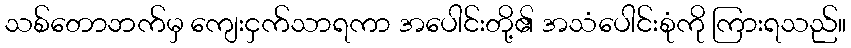
သစ်တောဘက်မှ ကျေးငှက်သာရကာ အပေါင်းတို့၏ အသံပေါင်းစုံကို ကြားရသည်။